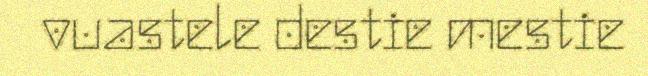
vuastele destie mestie